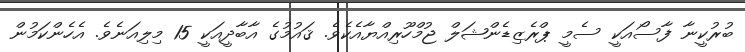
ބުރުކީނާ ފާސޯއަކީ ސެމީ ޕްރެޒިޑެންޝަލް ޖުމްހޫރިއްޔާއެކެވެ. ޤައުމުގެ އާބާދީއަކީ 15 މިލިއަނެވެ. އެހެންކަމުން